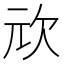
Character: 𭭅